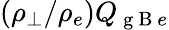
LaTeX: (\rho_{\perp}/\rho_{e})Q_{\mathrm{~g~B~}e}